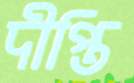
দীপ্তি